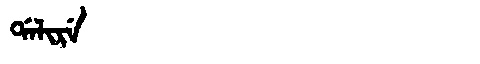
Manchu: ᡩᠠᠯᡳᡵᡝ
Romanization: DALIRE